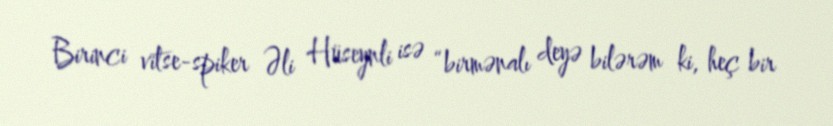
Birinci vitse-spiker Əli Hüseynli isə “birmənalı deyə bilərəm ki, heç bir